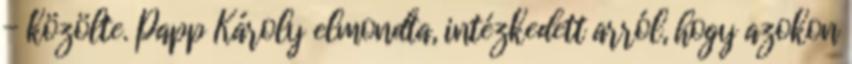
- közölte. Papp Károly elmondta, intézkedett arról, hogy azokon